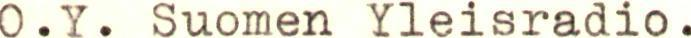
O.Y. Suomen Yleisradio.